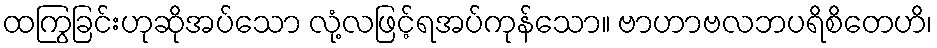
ထကြွခြင်းဟုဆိုအပ်သော လုံ့လဖြင့်ရအပ်ကုန်သော။ ဗာဟာဗလဘပရိစိတေဟိ၊